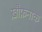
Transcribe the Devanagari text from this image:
ख़ौफ़नाक